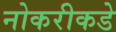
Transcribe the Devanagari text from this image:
नोकरीकडे